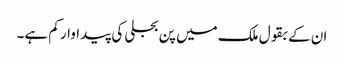
ان کے بقول ملک میں پن بجلی کی پیداوار کم ہے۔